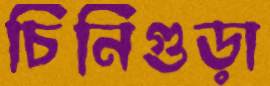
চিনিগুড়া